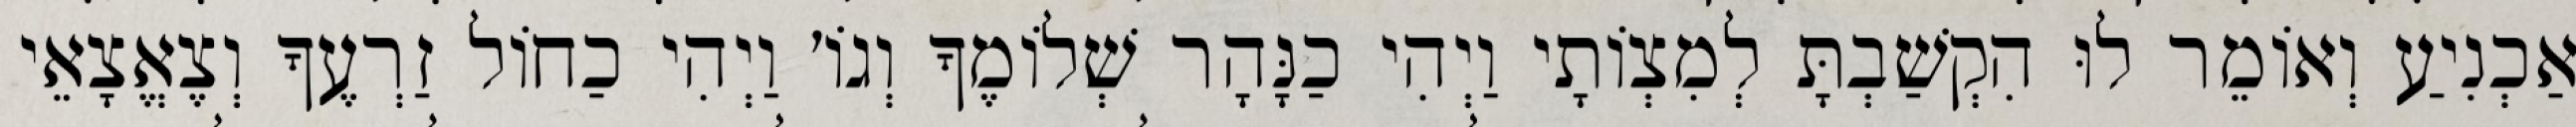
אַכְנִיעַ וְאוֹמֵר לוּ הִקְשַׁבְתָּ לְמִצְוֹתָי וַיְהִי כַנָּהָר שְׁלוֹמֶךָ וְגוֹ׳ וַיְהִי כַחוֹל זַרְעֶךָ וְצֶאֱצָאֵי